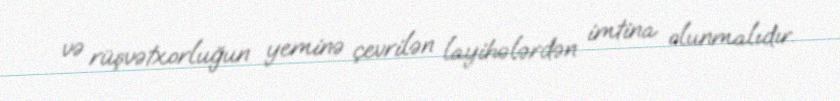
və rüşvətxorluğun yeminə çevrilən layihələrdən imtina olunmalıdır.